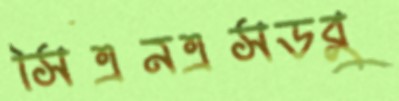
সিএনএসডব্লু